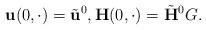
LaTeX: \begin{align*}\mathbf{u}(0, \cdot) = \tilde{\mathbf{u}}^{0}, \mathbf{H}(0, \cdot) = \tilde{\mathbf{H}}^{0} G.\end{align*}